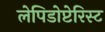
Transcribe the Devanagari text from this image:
लेपिडोप्टेरिस्ट